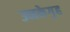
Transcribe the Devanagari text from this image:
उनकेगृह